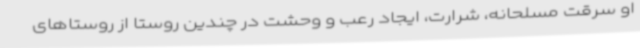
او سرقت مسلحانه، شرارت، ایجاد رعب و وحشت در چندین روستا از روستاهای